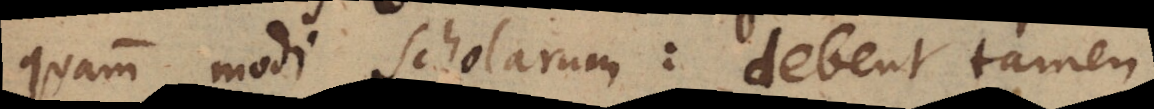
quam modi scholarum: debent tamen